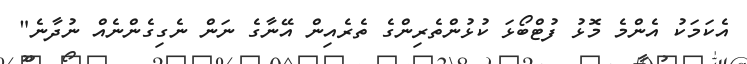
އެކަމަކު އެންމެ މޮޅު ފުޓްބޯޅަ ކުޅުންތެރިންގެ ތެރެއިން އޭނާގެ ނަން ނެގިގެންނެއް ނުދާނެ"